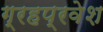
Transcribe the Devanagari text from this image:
ग्रहप्रवेश